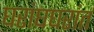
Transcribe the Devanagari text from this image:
घरांघघरांत